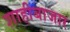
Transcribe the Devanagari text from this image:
शाहीबाजार